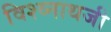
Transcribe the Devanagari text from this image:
विश्व्नाथजी